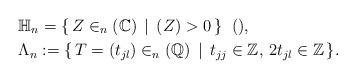
LaTeX: \begin{align*}& \mathbb{H}_n=\{\,Z\in_n(\mathbb{C})\,\mid\, (Z)>0\,\}\;\;(),\\& \Lambda_n:=\{\,T=(t_{jl})\in_n(\mathbb{Q})\,\mid\,t_{jj}\in\mathbb{Z},\,2t_{jl}\in\mathbb{Z}\,\}.\end{align*}